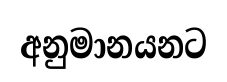
අනුමානයනට